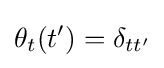
\theta _{t}(t^{\prime })=\delta _{tt^{\prime }}